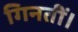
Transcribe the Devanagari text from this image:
गिनतीं।